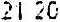
21.20